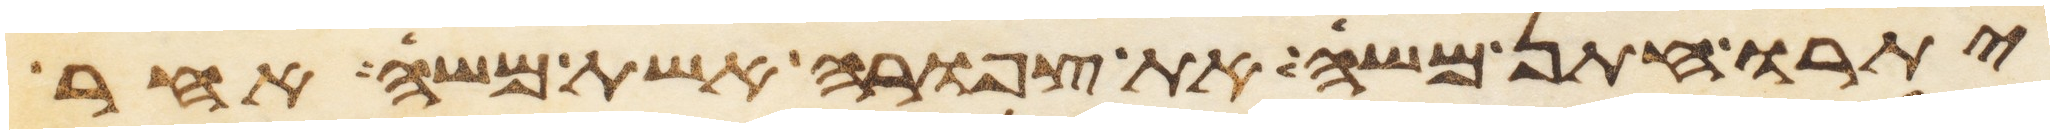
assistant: יתרו חתן משה את צפורה אשת משה אחר